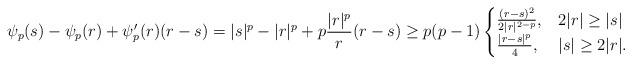
LaTeX: \begin{align*}\psi_p(s) - \psi_p(r) + \psi_p'(r) (r-s) = |s|^p - |r|^p + p \frac{|r|^p}{r} (r-s) \geq p (p-1)\begin{cases}\frac{(r-s)^2}{2 |r|^{2-p}}, & 2 |r| \geq |s| \\\frac{|r-s|^p}{4}, & |s| \geq 2 |r|.\end{cases}\end{align*}